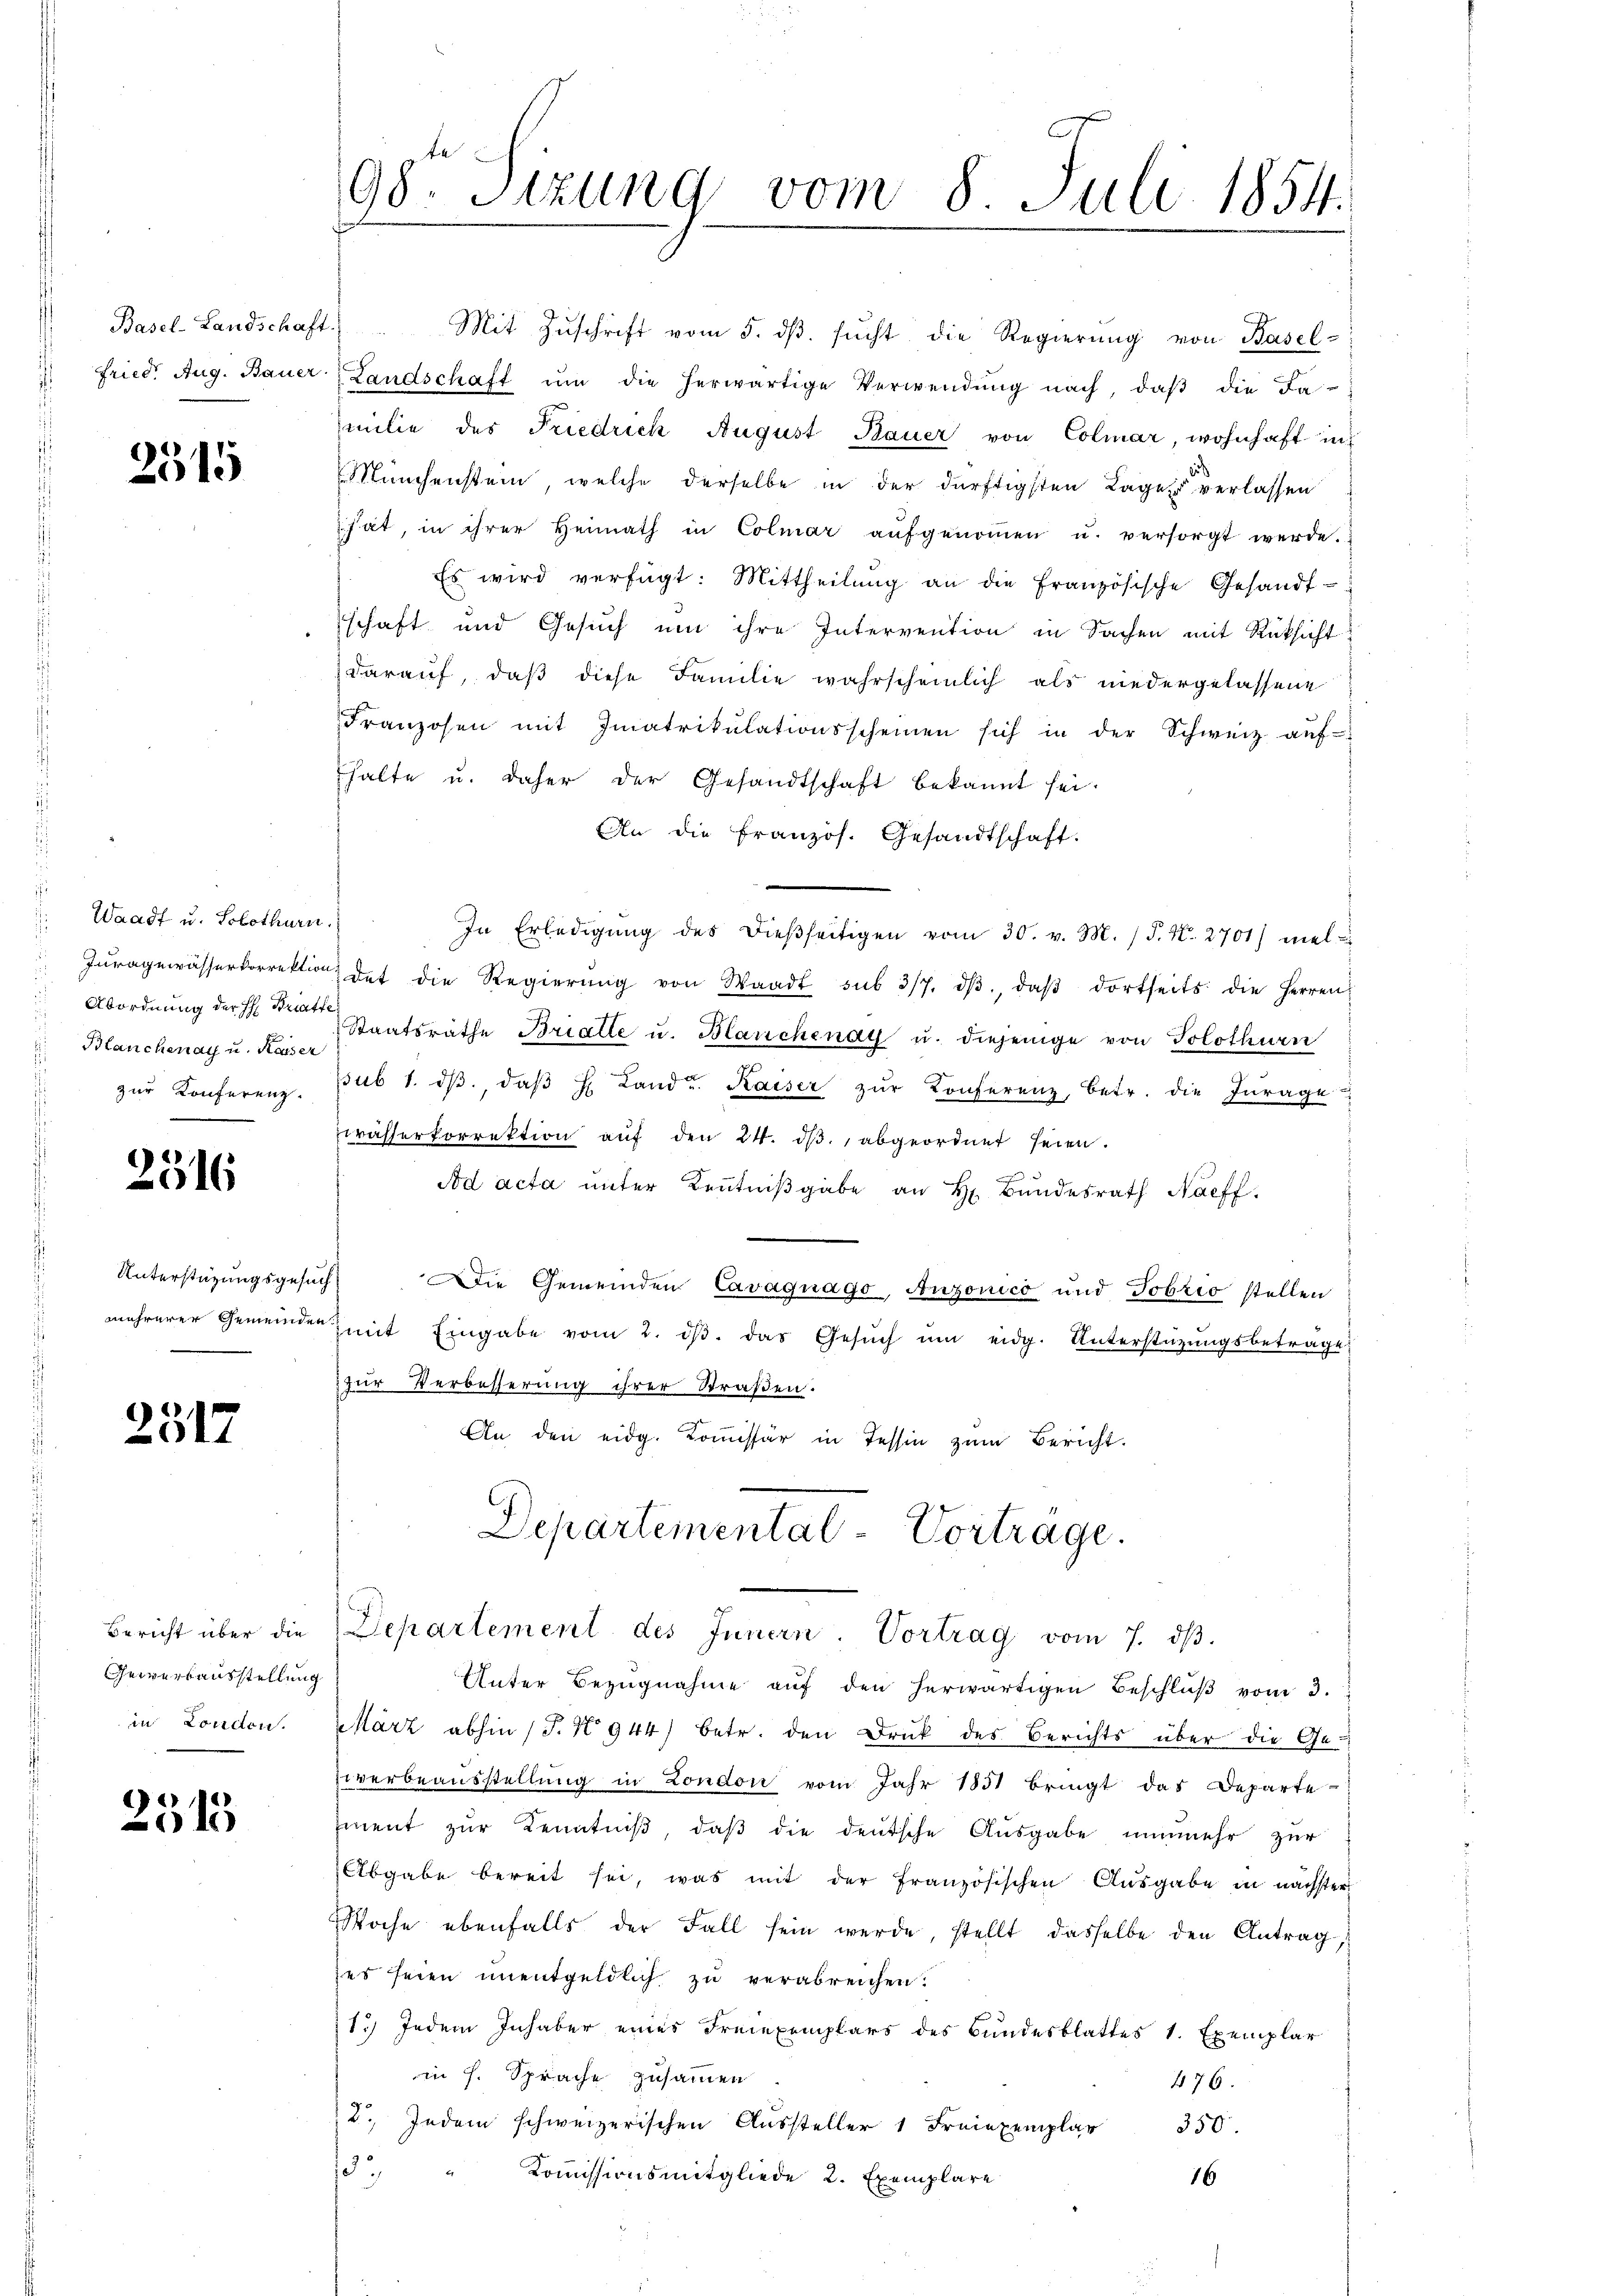
Basel-Landschaft.
fried. Aug. Bauer

2515

.
 Waadt u. Solothurn.
Juragewässerkorrektion
 Abordnung der H: Bratte
Blanchenay u. Kaiser
zur Konferenz.

2316

Unterstützungsgesuc
mehrerer Gemeinden

231.

Bericht über die
Gewerbausstellung
in Londen.

2513

98. Sitzung vom 8. Juli 1854.

Mit Zŭschrift vom 5. dβ. sŭcht die Regierŭng von Basel-
Landschaft ŭm die herwärtige Verwendung nach, daβ die Fa-
milie des Friedrich August Bauer von Colmar, wohnhaft in
Münchenstein, welche derselbe in der dürftigsten Lage verlassen
hat, in ihrer Heimath in Colmar aŭfgenoṁen u. versorgt werde.
Es wird verfügt: Mittheilŭng an die französische Gesandt-
schaft und Gesuch um ihre Intervention in Sachen mit Rücksicht
darauf, daß diese Familie wahrscheinlich als niedergelassene
Franzosen mit Imatrikŭlationsscheinen sich in der Schweiz aŭf-
halte u. daher der Gesandtschaft bekannt sei.
An die Französ. Gesandtschaft.
In Erledigŭng des dieβseitigen vom 30. v. M. / 5. N. 2701) mel
det die Regierŭng von Waadt sub 317. dβ, daβ dortseits die Herren
Staatsrathe Bratte u. Blanchenay u. diejenige von Solothurn
sub 1. dβ, daβ H. Landr. Kaiser zŭr Konferenz, betr. die Inrage
wässerkorrektion auf den 24. dβ. abgeordnet seien.
Ad acta unter Kenntniβgabe an H. Bundesrath Nachf
Die Gemeinden Cavaquago, Anzonico und Tobzio stellen
mit Eingabe vom 2. dβ. das Gesŭch ŭm eidg. Unterstützŭngsbetrage
zur Verbesserung ihrer Straßen.
An den eidg. Komissär in Tessin zum Bericht.
Departemental-Vortrage.
Departement des Innern. Vortrag vom 7. dβ.
Unter Bezugnahme auf den herwärtigen Beschluß vom 3.
Harz abhin (T. N° 944) betr. den Druck des Berichts über die Ge-
iverbeausstellung in London vom Jahr 1831 bringt das Departe
ment zur Kenntniß, daß die deutsche Ausgabe nunmehr zur
Abgabe bereit sei, was mit der französischen Ausgabe in nächster
Woche ebenfalls der Fall sein werde, stellt dasselbe den Antrag,
es seien unentgeldlich zu verabreichen.
1.) Jedem Inhaber eines Freiexemplars des Bundesblattes 1. Exemplar
in H. Sprache zusammen
476.
2., Indem schweizerischen Aŭssteller 1 Freiexemplar 350.
133
Komissionsmitgliede 2. Exemplare
16